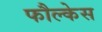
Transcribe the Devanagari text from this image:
फौल्केस